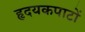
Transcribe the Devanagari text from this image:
हृदयकपाटों